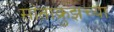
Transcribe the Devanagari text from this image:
सांताक्रुझच्या